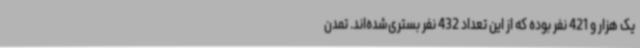
یک هزار و 421 نفر بوده که از این تعداد 432 نفر بستری‌شده‌اند. تمدن